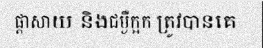
ផ្តាសាយ និងជម្ងឺក្អក ត្រូវបានគេ